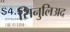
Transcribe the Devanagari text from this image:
सिनुलिअद